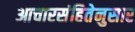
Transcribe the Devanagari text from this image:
आचारसंहितेनुसार